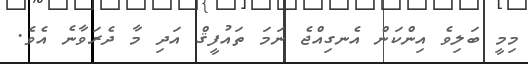
މިމީ ބަލިވެ އިންކަން އެނގިއްޖެ ނަމަ ތައުފީޤް އަދި މާ ދެރަވާނެ އެވެ.